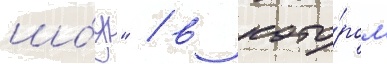
шо́у" / в кото́ром